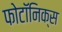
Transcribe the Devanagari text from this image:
फोटॉनिक्स